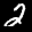
Label: 2